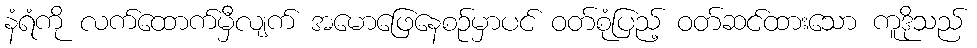
နံရံကို လက်ထောက်မှီလျက် အမောဖြေနေစဉ်မှာပင် ဝတ်စုံပြည့် ဝတ်ဆင်ထားသော ကူဒိုသည်